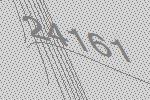
24161